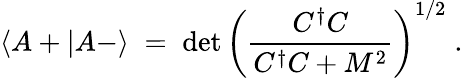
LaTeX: \langle A+|A-\rangle\; =\; \operatorname*{det}\left(\frac{C^{\dagger}C}{C^{\dagger}C+M^{2}}\right)^{1/2}\; .